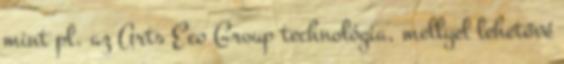
mint pl. az Arts Eco Group technológia, mellyel lehetővé